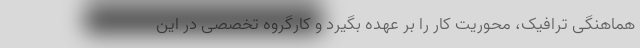
هماهنگی ترافیک، محوریت کار را بر عهده بگیرد و کارگروه تخصصی در این